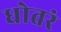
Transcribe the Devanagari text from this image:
धोतरं